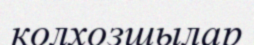
колхозшылар